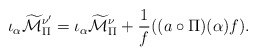
\begin{align*} \iota_\alpha \widetilde{\mathcal{M}}_\Pi^{\nu^\prime}= \iota_\alpha\widetilde{\mathcal{M}}_\Pi^\nu+ {\frac{1}{f}}((a\circ \Pi)(\alpha)f).\end{align*}